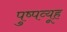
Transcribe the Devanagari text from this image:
पुष्पव्यूह